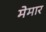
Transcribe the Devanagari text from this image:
मेमार